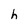
Character: h